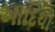
આદિથી